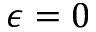
\epsilon = 0